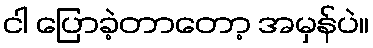
ငါ ပြောခဲ့တာတော့ အမှန်ပဲ။